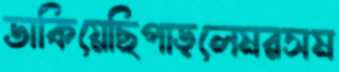
ডাকিয়েছিপাড়লেমরসম